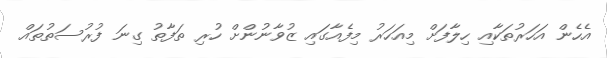
އެހެން އަހަރުތަކާއި ހިލާފަށް މިއަހަރު މިފެއާގައި ޒުވާނުންށް ހުރި ތަފާތު ގިނަ ފުރުސަތުތައް